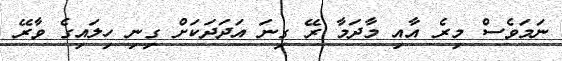
ނަމަވެސް މިރެ އާއި މާދަމާ ރޭ ގިނަ އަދަދަކަށް ގިނި ހިލައިގެ ވާރޭ